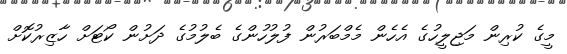
މީގެ ކުރިން މަޖިލީހުގެ އެހެން މެމްބަރުން ފުލުހުންގެ ބެލުމުގެ ދަށުން ކޯޓަށް ހާޒިރުކޮށް